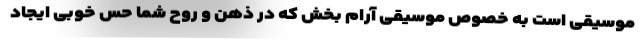
موسیقی است به خصوص موسیقی آرام بخش که در ذهن و روح شما حس خوبی ایجاد